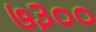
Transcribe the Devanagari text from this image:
७३००